Account of plague administration in the Bombay Presidency from September 1896 till May 1897
Year: 1896
Disease focus: Plague
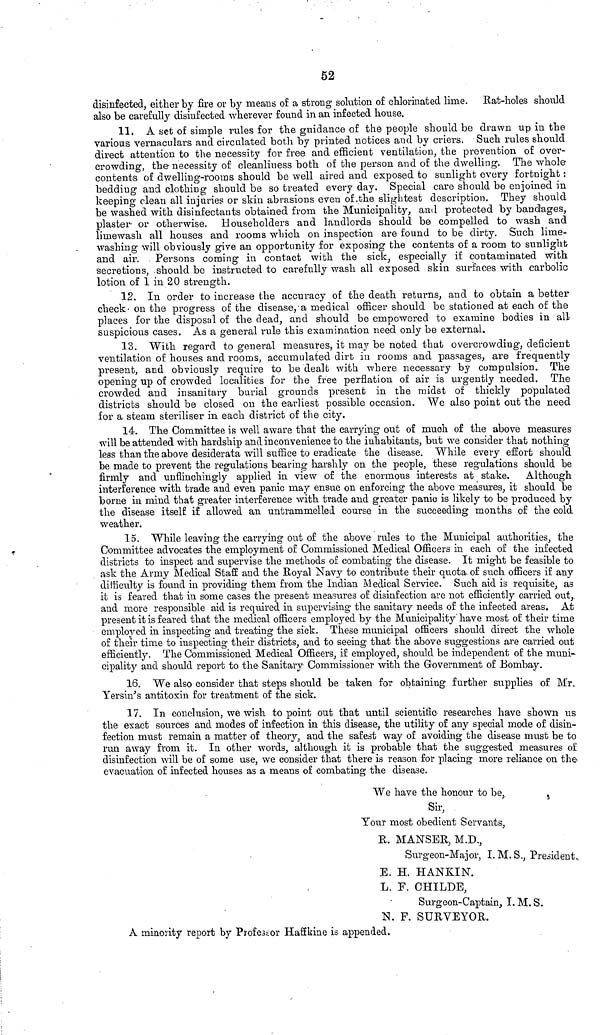
52
disinfected, either by fire or by means of a strong solution of chlorinated lime. Kat-holes should
also be carefully disinfected wherever found in an infected house.
11. A set of simple rules for the guidance of the people should be drawn up in the
various vernaculars and circulated both by printed notices and by criers. Such rules should
direct attention to the necessity for free and efficient ventilation, the prevention of over-
crowding, the· necessity of cleanliness both of the person and of the dwelling. The whole-
contents of dwelling-rooms should be \vell aired and exposed to sunlight every fortnight :
bedding and clothing should be so treated every day. Special care should be enjoined in
keeping clean all injuries or skin abrasions even of .the slightest description. They should
be washed with disinfectants obtained from the Municipality, and protected by bandages,
plaster· or otherwise. Householders and landlords should be compelled to wash and
limewash all houses and rooms which on inspection are found to be dirty. Such lime-
washing will obviously give an opportunity for exposing the contents of a room to sunlight
and air.
Persons coming in contact with the sick, especially if contaminated with
secretions, should be instructed to carefully wash all exposed skin surfaces with carbolic
lotion of 1 in 20 strength.
12. In order to increase the accuracy of the death returns, and to obtain a better
check· on the progress of the disease,'a medical officer should be stationed at each of the
places for the disposal of the dead, and should be -empowered to examine bodies in all
suspicious cases. As a general rule this examination need only be external.
13. With regard to general measures, it may be noted that overcrowding, deficient
ventilation of houses and rooms, accumulated dirt in rooms and passages, are frequently
present, and obviously require to be dealt with where necessary by compulsion. The
opening up of crowded localities for the free perflation of air is urgently needed. The
crowded and insanitary burial grounds present in the midst of thickly populated
districts should be closed on the earliest possible occasion. We also point out the need
for a steam steriliser in each district of the city.
14. The Committee is well aware that the carrying out of muoh of the above measures
will be attended with hardship and in convenience to the inhabitants, but we consider that nothing
less than the above desiderata will suffice to eradicate the disease. While every effort should
be made to prevent the regulations bearing harshly on the people, these regulations should be
firmly and unflinchingly applied in view of the enormous interests at stake. Although
interference with trade and even panic may ensue on enforcing the above measures, it should be
borne in mind that greater interference with trade and greater panic is likely to be produced by
the disease itself if allowed an untrammelled course in the succeeding months of the cold
weather.
15. While leaving the carrying out of the above rules to the Municipal authorities, the
Committee advocates the employment of Commissioned Medical Officers in each of the infected
districts to inspect and supervise the methods of combating the disease. It might be feasible to
ask the Army Medical Staff and the Royal Navy to contribute their quota of such officers if any
difficulty is found in providing them, from the Indian Medical Service. Such aid is requisite, as
it is feared that in some cases the present measures of disinfection are not efficiently carried out,
and more responsible aid is reqxured in supervising the sanitary needs of the infected areas. At
present it is feared that the medical officers employed by the Municipality' have most of their time
employed in inspecting and treating the sick. Tliese municipal officers should direct the whole
of their time to inspecting their districts, and to seeing that the above suggestions are carried out
efficiently. The Commissioned Medical Officers, if employed, should be independent of the muni-
cipality and should report to the Sanitary Commissioner with the Government of Bombay.
16. We also consider that steps should be taken for obtaining further supplies of Mr.
Yersin's antitoxin for treatment of the sick.
17. In conclusion, we wish to point out that until scientific- researches have shown us
the exact sources and modes of infection in this disease, the utility of any special mode of disin-
fection must remain a matter of theory, and the safest way of avoiding the disease must be to
run away from it. In other words, although it is probable that the suggested measures of
disinfection will be of some use, we consider that there is reason for placing more reliance on the·
evacuation of infected houses as a means of combating the disease.
We have the honour to be,
Sir,
Your most obedient Servants,
R. MANSER, M.D.,
Surgeon-Major, I. M. S., President,
Ε. Η. Η ANICI N.
L. Γ. CHILDE,
Surgeon-Captain, I. M. S.
N. F. SURVEYOR.
A minority report by Professor Haffkine is appended.